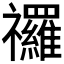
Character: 𮂩